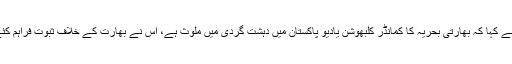
انہوں نے کہا کہ بھارتی بحریہ کا کمانڈر کلبھوشن یادیو پاکستان میں دہشت گردی میں ملوث ہے، اس نے بھارت کے خلاف ثبوت فراہم کئے ہیں۔